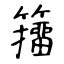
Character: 籒